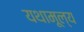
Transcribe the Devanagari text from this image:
यथामूल्य